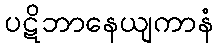
ပဋိဘာနေယျကာနံ